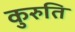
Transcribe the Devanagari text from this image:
कुरुति